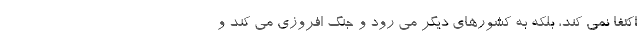
اکتفا نمی کند، بلکه به کشورهای دیگر می رود و جنگ افروزی می کند و